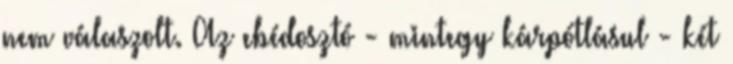
nem válaszolt. Az ebédosztó - mintegy kárpótlásul - két